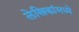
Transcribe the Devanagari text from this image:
लेखिकांमध्ये